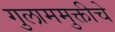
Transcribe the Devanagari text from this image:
गुलाममुक्तीचे